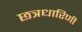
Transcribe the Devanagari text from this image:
छत्रधारिणी